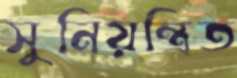
সুনিয়ন্ত্রিত